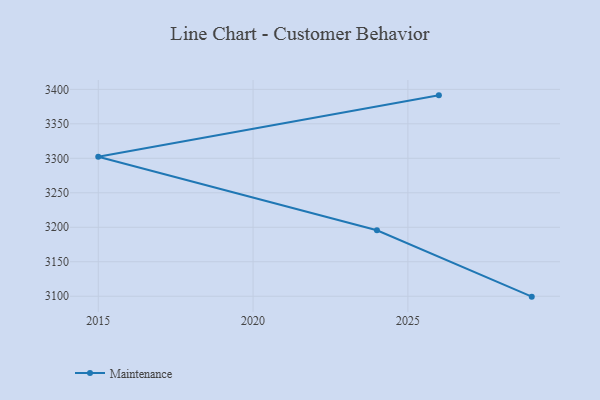
{"axis": {"x": "Year", "y": "Headcount"}, "legend": ["Maintenance"], "data": [{"x": "2029", "y": 3099.4, "type": "Maintenance"}, {"x": "2024", "y": 3195.6, "type": "Maintenance"}, {"x": "2015", "y": 3302.2, "type": "Maintenance"}, {"x": "2026", "y": 3391.3, "type": "Maintenance"}]}